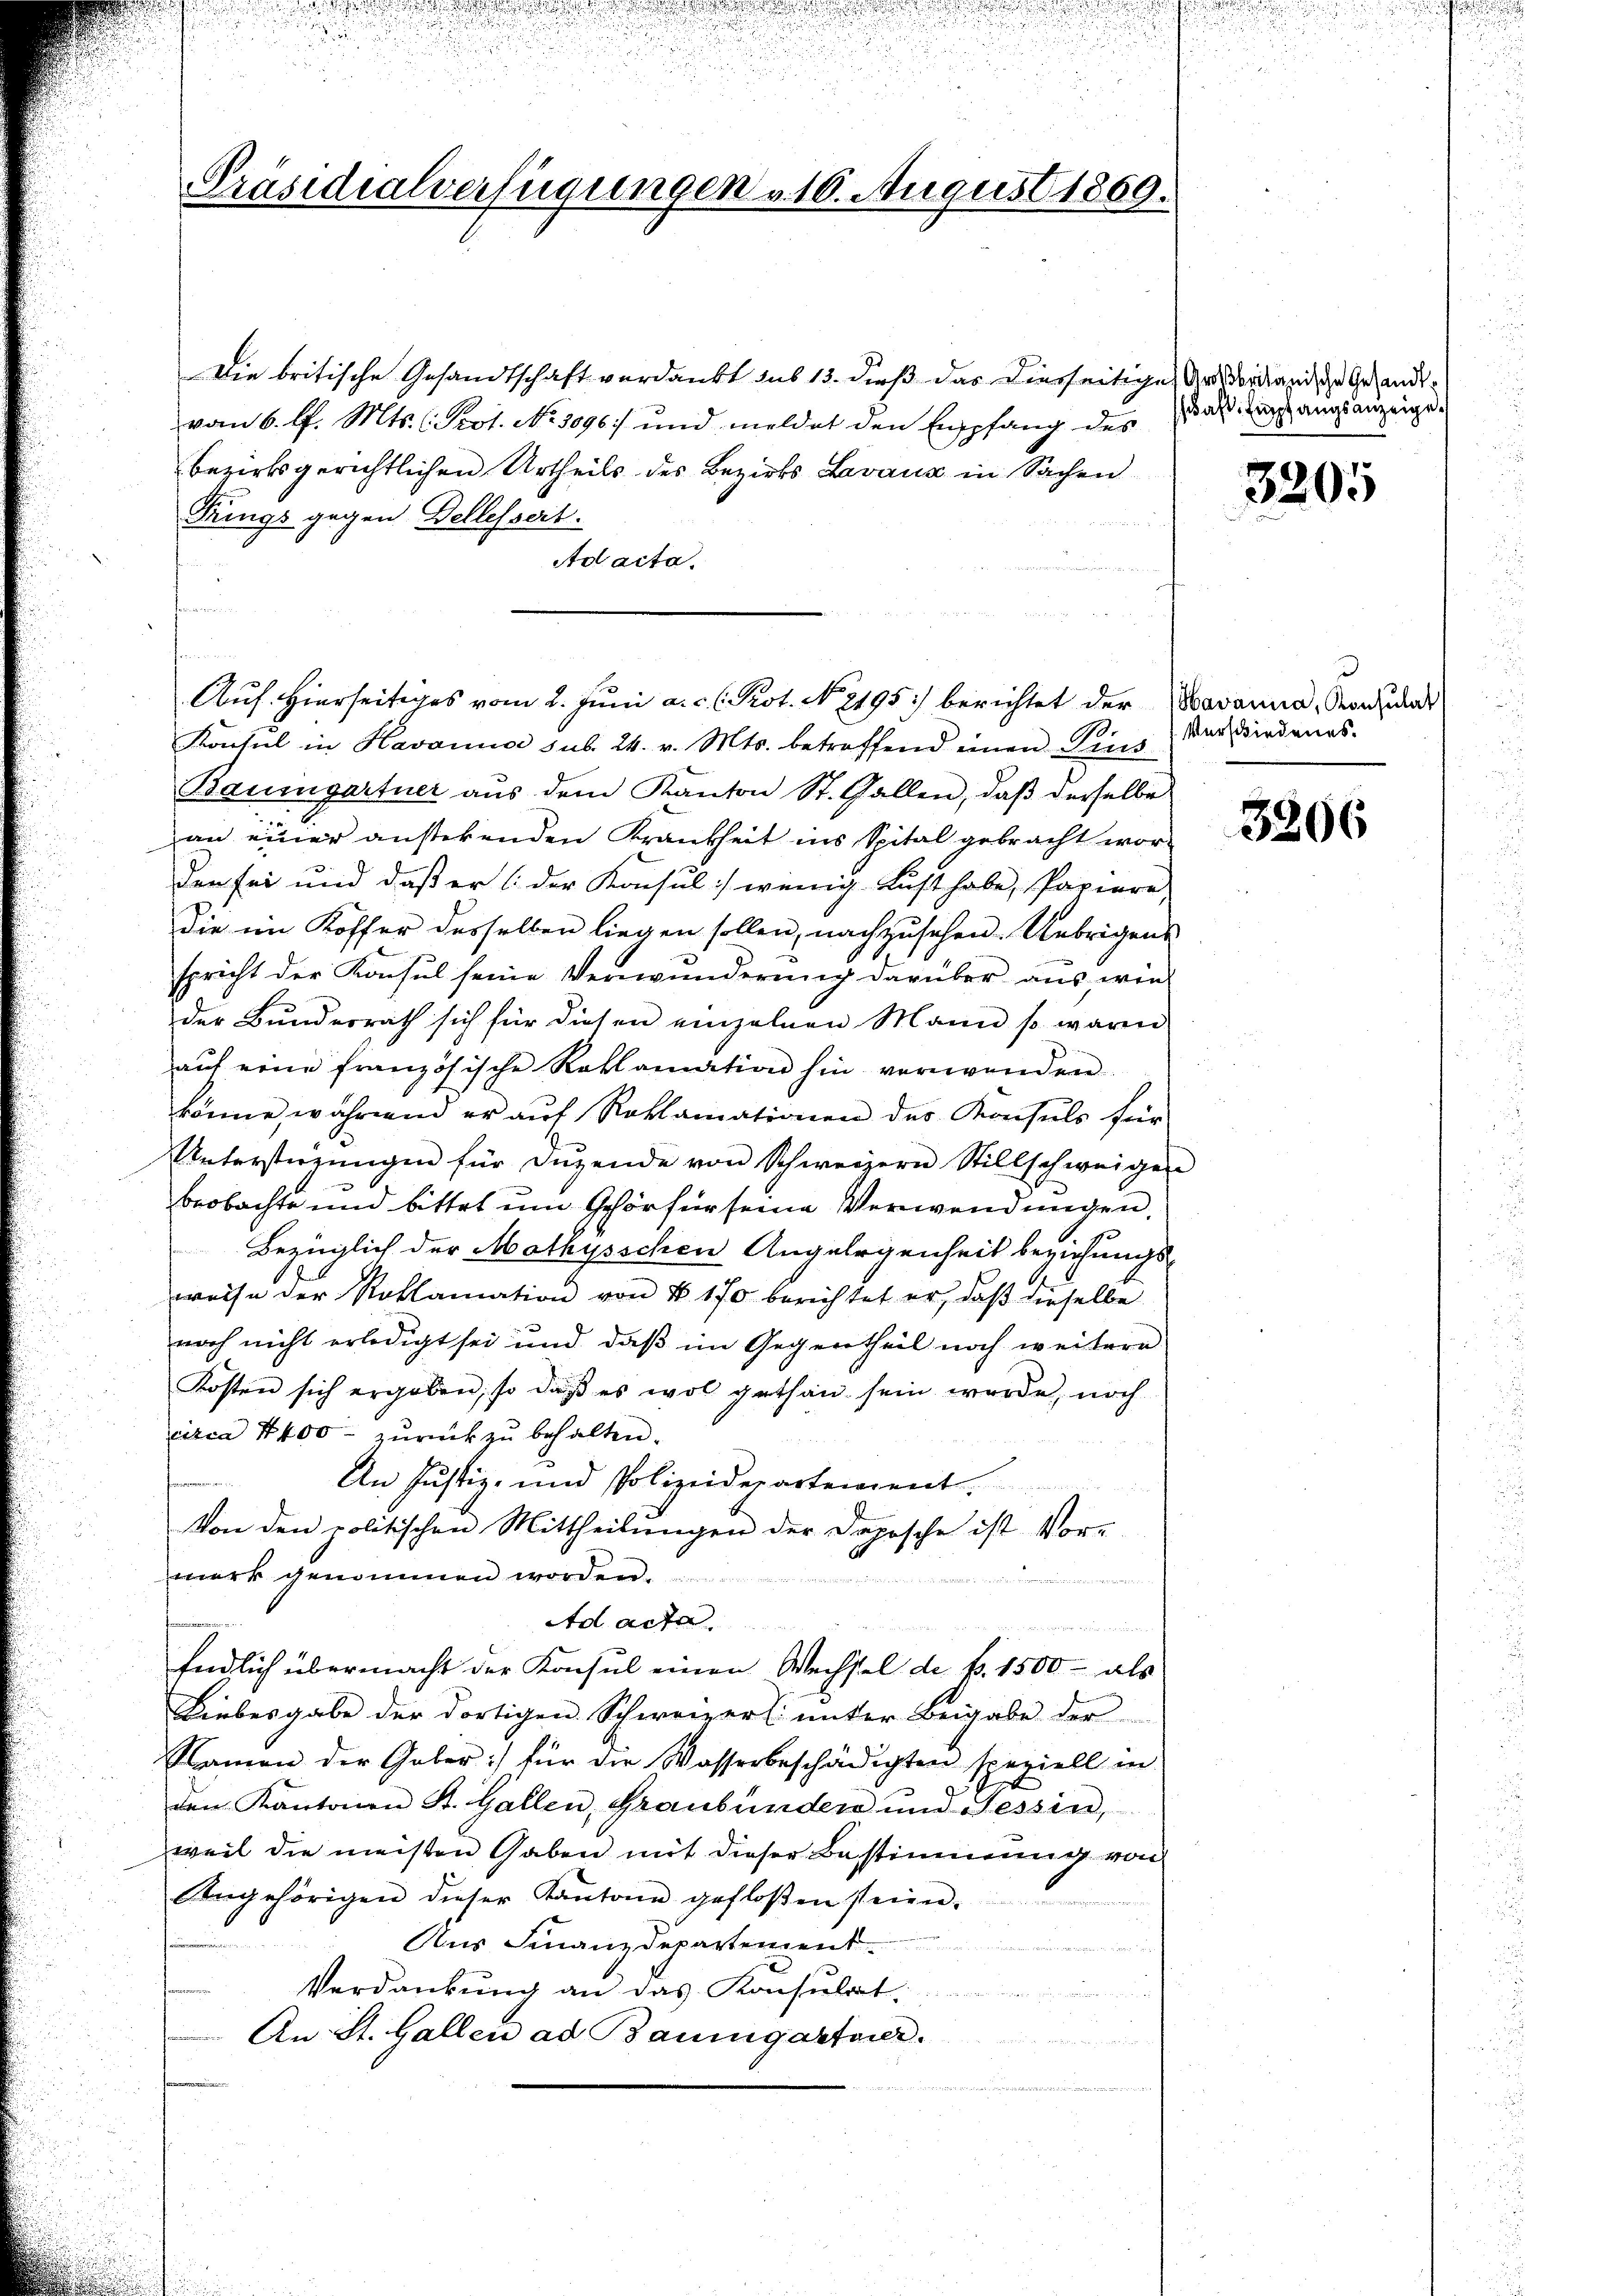
Präsidialverfügungen 10. August 1869.

Die britische Gesandtschaft verdankt sub 13. dieß das diesseitige Art dortand die Gesandtvom 6. l. Mts. (Prot. No. 3096 und meldet den Empfang des
bezirksgerichtlichen Urtheils des Bezirks Lavaux in Sachen
Tings gegen Dellessert.
Ad acta.
s
e
Konsul in Havance sub. 24. v. Mts. betreffend einen Pins
Baumgartner aus dem Kanton St. Gallen, daß derselbe
an einer anstehenden Krankheit ins Spital gebracht worden sei und daß er (der Konsul wenig Lust habe, Papiere
Die im Koffer desselben liegen sollen, nachzusehen. Uebrigens
spricht der Konsul seine Verwunderung darüber aus, wie-
der Bunderrath sich für diesen einzelnen Mann so waren
aŭf eine französische Reklamation hin verwenden.
könne, während er aŭf Roklamationen des Konsuls für
Unterstützŭngen für Dŭzende von Schweizern Stillschweigen
beobachte und bittet um Gehörfür seine Verwendungen,
Bezüglich der Mathysschen Angelegenheit beziehungs-
weise der Roklamation von § 170 berichtet er, daβ dieselbe
noch nicht erledigt sei und daß im Gegentheil noch weitere
Kosten sich ergeben, so daβ es wol gethan sein werde, noch
circa 4400 - zurück zu behalten.
An Justiz- und Polizeidepartement.
Von den politischen Mittheilungen der Deposche ist Vor-
merk genommen worden.
i
Adl acte.
d
Endlich übermacht der Konsul einen Wechsel de pr. 1500 - als
Liebesgabe der dortigen Schweizer unter Beigabe der
Examen der Gaber :/ für die Wasserbeschädigten speziell in
den Kantonen St. Gallen, Graubünden und Tessin,
weil die meisten Gaben mit dieser Bestimmung von
Angehörigen dieser Kantone gefloßen seien.
Aus Finanzdepartement.
Verdankŭng an das Konsult
An St. Gallen ad Baumgartner.

Auf. Hierseitiges vom 2. Juni a.c. (Prot. N. 2195) berichtet der

schaft Empfangsanzeige¬

3205

Havanna, Konsulat
Verschiedenes.

3206